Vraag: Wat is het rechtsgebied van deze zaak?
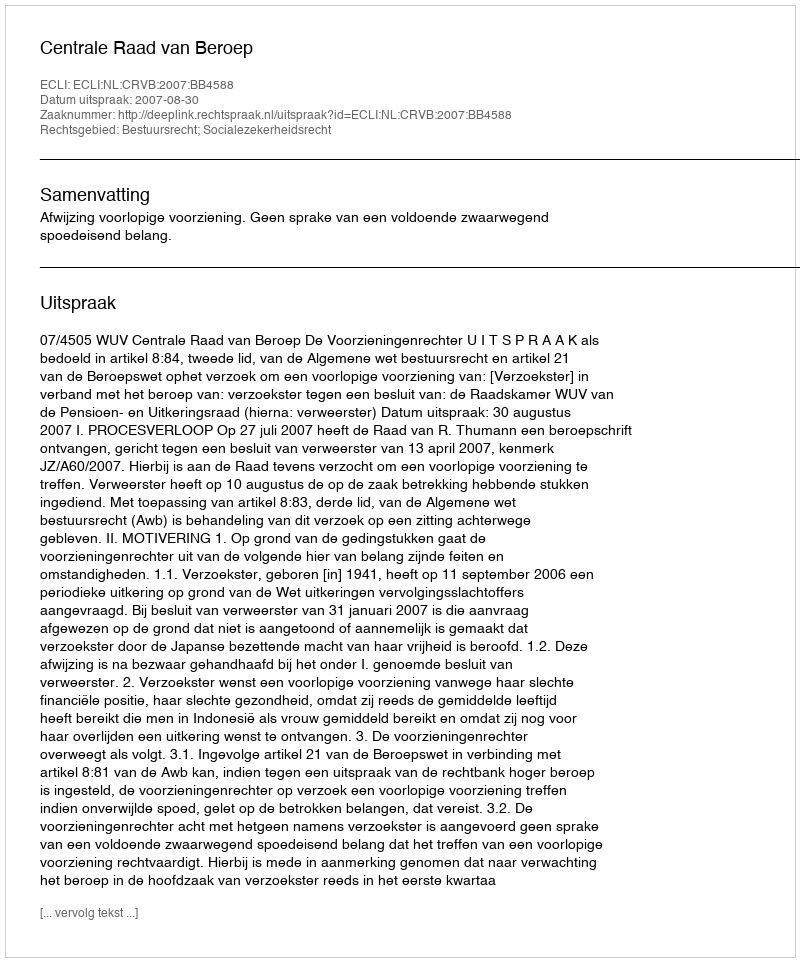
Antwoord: Bestuursrecht; Socialezekerheidsrecht